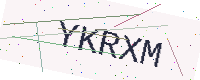
Text: YKRXM